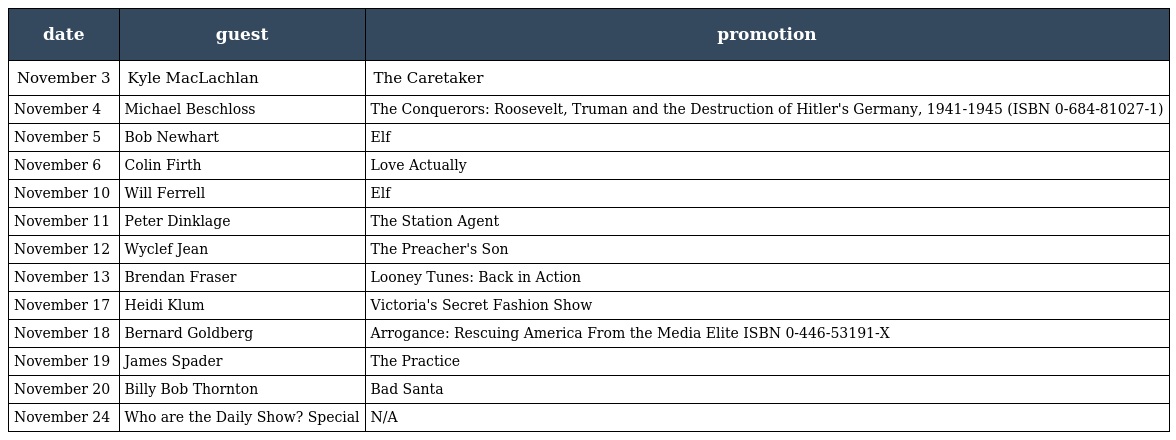
| date | guest | promotion |
 | --- | --- | --- |
 | November 3 | Kyle MacLachlan | The Caretaker |
 | November 4 | Michael Beschloss | The Conquerors: Roosevelt, Truman and the Destruction of Hitler's Germany, 1941-1945 (ISBN 0-684-81027-1) |
 | November 5 | Bob Newhart | Elf |
 | November 6 | Colin Firth | Love Actually |
 | November 10 | Will Ferrell | Elf |
 | November 11 | Peter Dinklage | The Station Agent |
 | November 12 | Wyclef Jean | The Preacher's Son |
 | November 13 | Brendan Fraser | Looney Tunes: Back in Action |
 | November 17 | Heidi Klum | Victoria's Secret Fashion Show |
 | November 18 | Bernard Goldberg | Arrogance: Rescuing America From the Media Elite ISBN 0-446-53191-X |
 | November 19 | James Spader | The Practice |
 | November 20 | Billy Bob Thornton | Bad Santa |
 | November 24 | Who are the Daily Show? Special | N/A |